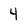
Character: 4